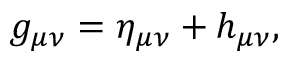
g _ { \mu \nu } = \eta _ { \mu \nu } + h _ { \mu \nu } ,